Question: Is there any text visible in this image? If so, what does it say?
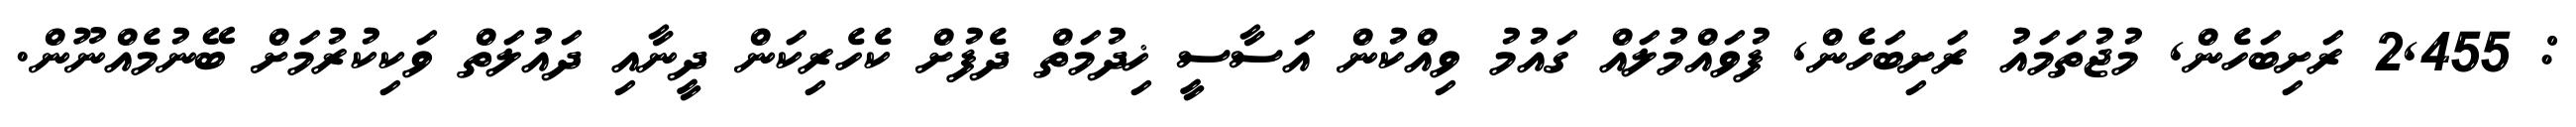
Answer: : 2,455 ރަށިބަހެން, މުޖުތަމައު ރަށިބަހެން, ފުވައްމުލައް ގައުމު ވިއްކުން އަސާސީ ޚިދުމަތް ދެފުށް ކެހެރިކަން ދީނާއި ދައުލަތް ވަކިކުރުމަށް ބޭނުމެއްނޫން.